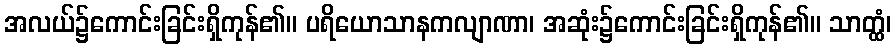
အလယ်၌ကောင်းခြင်းရှိကုန်၏။ ပရိယောသာနကလျာဏာ၊ အဆုံး၌ကောင်းခြင်းရှိကုန်၏။ သာတ္ထံ၊